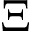
\Xi